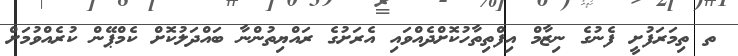
ތ ތިމަރަފުށީ ފެނުގެ ނިޒާމް އިފްތިތާހުކޮށްދެއްވައި އެރަށުގެ ރައްޔިތުންނާ ބައްދަލުކޮށް ކެމްޕޭން ކުރެއްވުމަށް